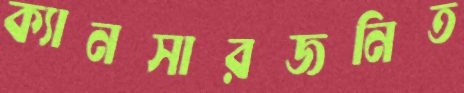
ক্যানসারজনিত